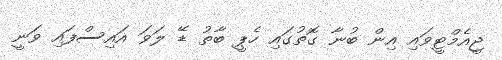
ޖީއެމްޓީވައި އިން ބުނާ ގޮތުގައި ހެޕީ ބާތު ޑޭ ލަވަ އައިސްފައި ވަނީ